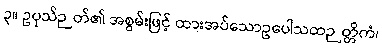
၃။ ဥပုသ်ဉတ်၏ အစွမ်းဖြင့် ထားအပ်သောဥပေါသထဉတ္တိကံ၊